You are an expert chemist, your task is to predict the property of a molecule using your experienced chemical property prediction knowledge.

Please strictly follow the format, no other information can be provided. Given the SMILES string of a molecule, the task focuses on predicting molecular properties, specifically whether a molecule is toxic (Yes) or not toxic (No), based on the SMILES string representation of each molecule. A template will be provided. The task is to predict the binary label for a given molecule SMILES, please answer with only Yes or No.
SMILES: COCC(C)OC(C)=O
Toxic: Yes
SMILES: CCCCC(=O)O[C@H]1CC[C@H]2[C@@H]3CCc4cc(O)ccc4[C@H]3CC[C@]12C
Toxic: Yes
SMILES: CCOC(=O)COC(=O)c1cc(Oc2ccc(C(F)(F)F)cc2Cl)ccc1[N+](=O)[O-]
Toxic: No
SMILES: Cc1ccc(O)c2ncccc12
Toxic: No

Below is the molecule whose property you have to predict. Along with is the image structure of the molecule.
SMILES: Nc1cc(=O)nc(N)[nH]1
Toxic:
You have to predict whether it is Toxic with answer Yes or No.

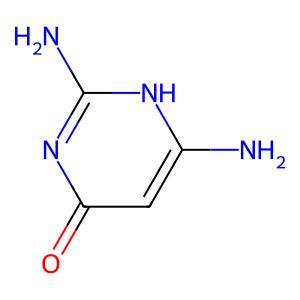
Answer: No